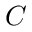
C